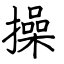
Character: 操